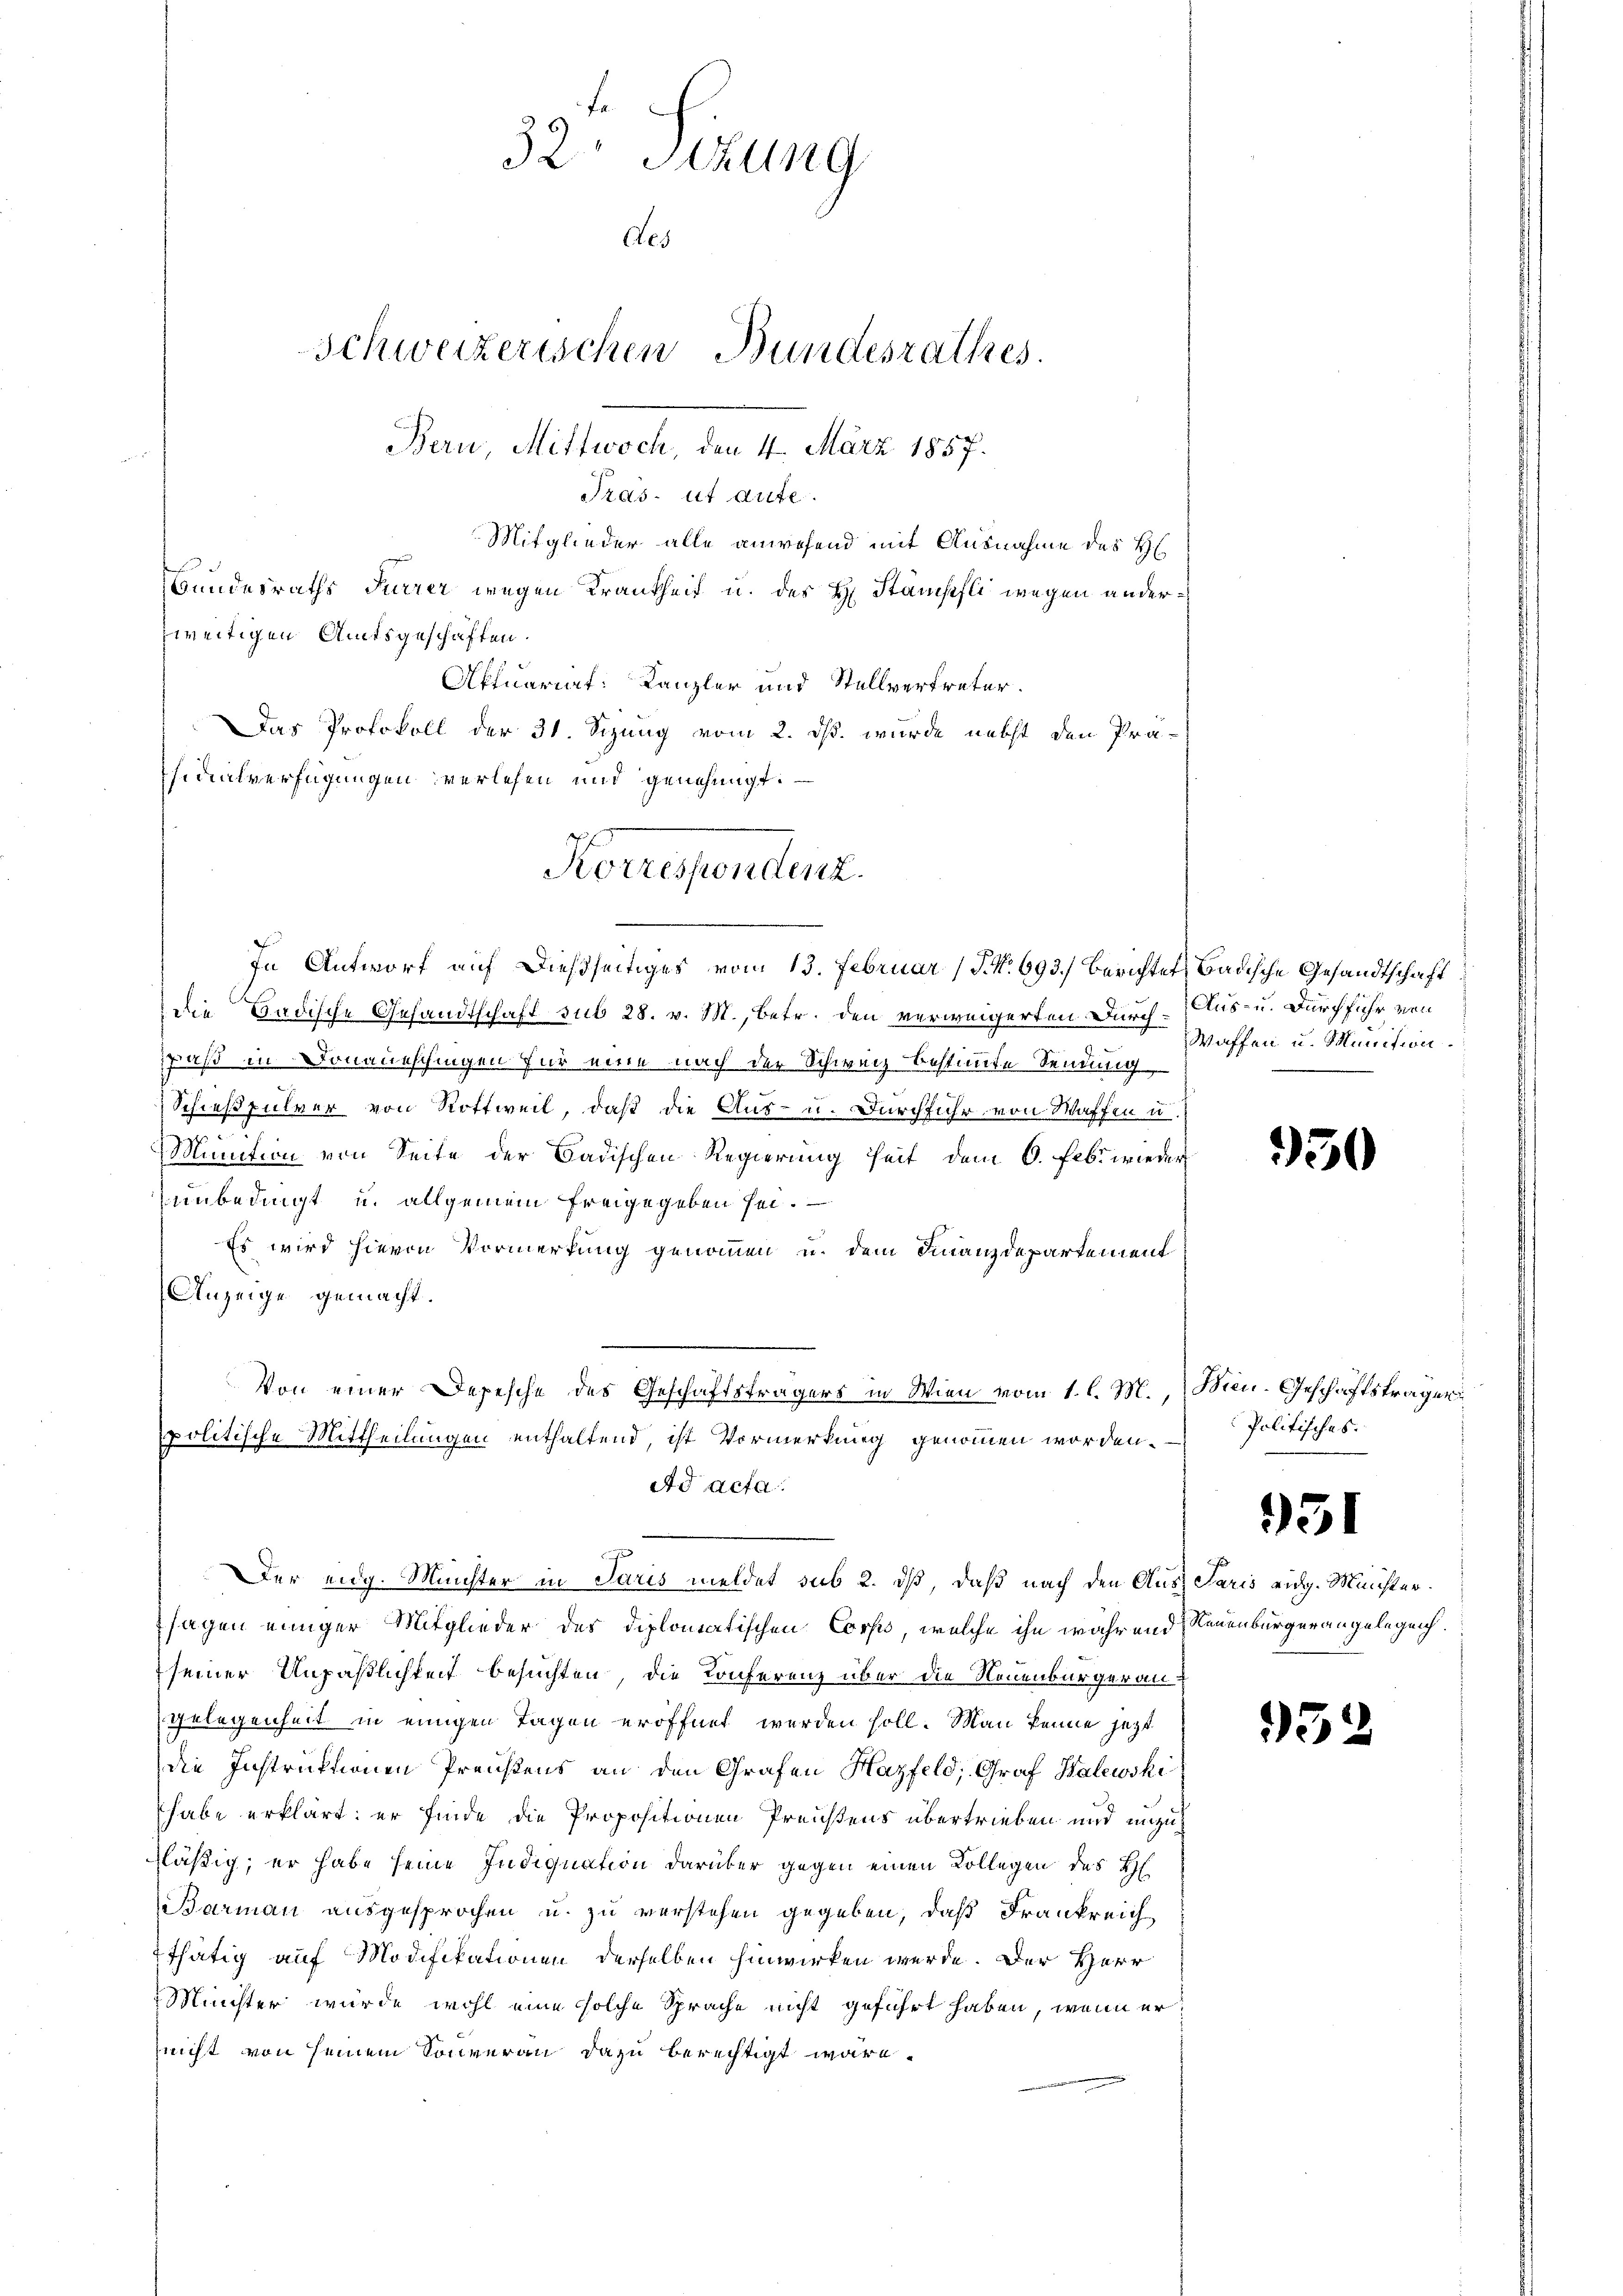
Bundesraths Furrer wegen Krankheit u. des H. Stämpfli wegen anderweitigen Amtsgeschäften.
Aktuariat: Kanzler und Stellvertreter.
Das Protokoll der 31. Sizung vom 2. ds. wurde nebst den Präsidialverfügungen verlesen und genehmigt.

32 Sitzung
Aes
Schweizerischen Bundesrathes.
Bern, Mittwoch, den 4. März 1857.
Tras ut aute.
Mitglieder alle anwesend mit Ausnahme des H

Korrespendung.
In Antworf auf dießseitiges vom 13. Februar (§. No. 693.) Berichtet Badische Gesandtschaft

Von einer Depesche des Geschäftsträgers in Wien vom 1. l. M.
politische Mittheilungen enthaltend, ist Vormerkung genommen worden.
Ad acta

die Badische Gesandtschaft sub 28. v. M., betr. den verweigerten Durch¬
Faß in Donaueschingen für eine nach der Schweiz bestimmte Sendung
Schießpulver von Rottweil, daß die Aus- u. Durchfuhr von Waffen u
h
Munition von Seite der Badischen Regierung heit dem 6. Febr. wieder
unbedingt u. allgemein freigegeben sei.
Es wird hievon Vormerkung genommen u. dem Finanzdepartement
Anzeige gemacht.

Der eidg. Müchter in Paris meldet sub 2. dß, daß nach den Aussagen einiger Mitglieder des diplomatischen Corps, welche ihn während
seiner Unpäßlichkeit besuchten, die Konferenz über die Neuenburgerangelegenheit in einigen Tagen eröffnet werden soll. Man kenne jezt
die Instruktionen Preußens an den Grafen Hazfeld, Graf Walewski
habe erklärt; er finde die Propositionen Preisens übertrieben und unzuläßig; er habe seine Indiquation darüber gegen einen Kollegen des H
Barman ausgesprochen u. zu verstehen gegeben, daß Frankreich
thätig auf Modifikationen derselben hinwirken werde. Der Herr
Minister würde wohl eine solche Sprache nicht geführt haben, wenn er
nicht von seinem Souveran dazu berechtigt wäre.

Aus- u. Durchführ von
Waffen u. Munition.

930

Wien. Geschäftstragen
Politisches.

931

Paris eidg. Minister.
Neuenburgerangelegen.

93